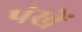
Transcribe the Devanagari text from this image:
पंखें